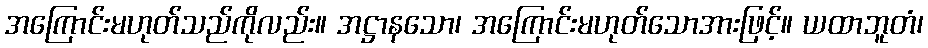
အကြောင်းမဟုတ်သည်ကိုလည်း။ အဋ္ဌာနသော၊ အကြောင်းမဟုတ်သောအားဖြင့်။ ယထာဘူတံ၊